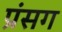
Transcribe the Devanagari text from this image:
प्रंसग